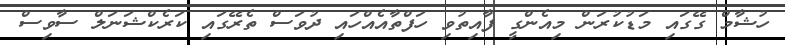
ހުޝާމް ގޭގައި މަޑުކުރަން މިއެންގީ ފާއިތުވި ހަފްތާއެއްހައި ދުވަސް ތެރޭގައި ކަރެކްޝަނަލް ސާވިސް